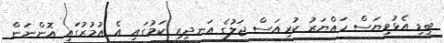
ބިޑި އެޅުވިޔަސް ހައްޔަރު ކުރިއަސް ޖަލުގެ އަނދިރި ކަމުގައި އެ އުމުރުގައި އޮންނަން